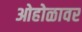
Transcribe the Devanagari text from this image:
ओहोळावर